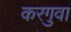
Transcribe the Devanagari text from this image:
करगुवा